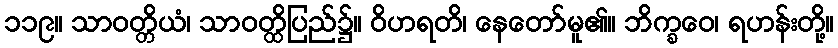
၁၁၉။ သာဝတ္တိယံ၊ သာဝတ္ထိပြည်၌။ ဝိဟရတိ၊ နေတော်မူ၏။ ဘိက္ခဝေ၊ ရဟန်းတို့။